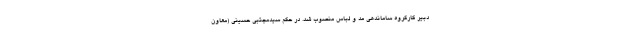
دبیر کارگروه ساماندهی مد و لباس منصوب شد. در حکم سیدمجتبی حسینی (معاون